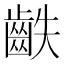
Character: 𪗫